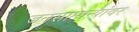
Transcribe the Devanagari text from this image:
जनसामान्यांवर